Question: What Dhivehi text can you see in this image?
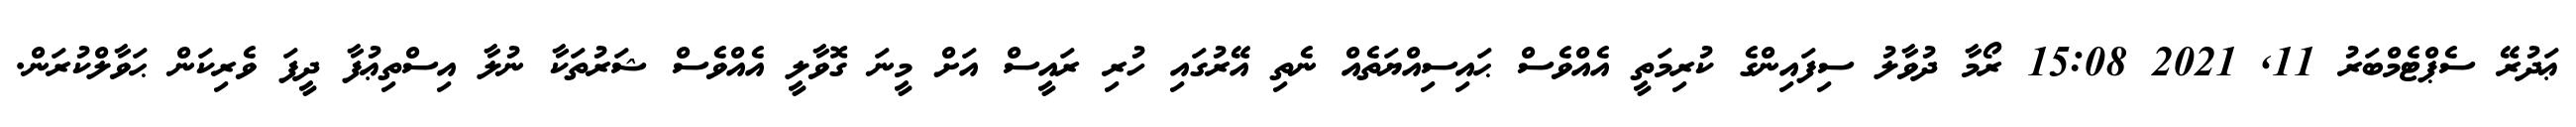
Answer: ޢަދުރޭ ސެޕްޓެމްބަރު 11, 2021 15:08 ރޯމާ ދުވާލު ސިފައިންގެ ކުރިމަތީ އެއްވެސް ޙައިސިއްޔަތެއް ނެތި އޭރުގައި ހުރި ރައީސް އަށް މީނަ ގޮވާލީ އެއްވެސް ޝަރުތަކާ ނުލާ އިސްތިޢުފާ ދީފަ ވެރިކަން ޙަވާލްކުރަން.